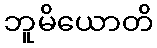
ဘူမိယောတိ